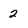
Character: 2